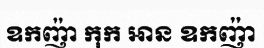
ឧកញ៉ា កុក អាន ឧកញ៉ា